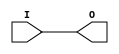
`timescale 1ns/1ps
`celldefine
//
// O_FAB simulation model
// Marker Buffer for fabric to periphery transition
//
// Copyright (c) 2023 Rapid Silicon, Inc.  All rights reserved.
//

module O_FAB (
  input I, // Input
  output O // Output
);

assign O = I ;

endmodule
`endcelldefine